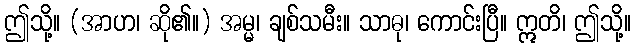
ဤသို့။ (အာဟ၊ ဆို၏။) အမ္မ၊ ချစ်သမီး။ သာဓု၊ ကောင်းပြီ။ ဣတိ၊ ဤသို့။